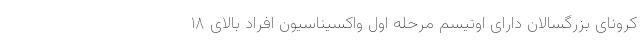
کرونای بزرگسالان دارای اوتیسم مرحله اول واکسیناسیون افراد بالای ۱۸